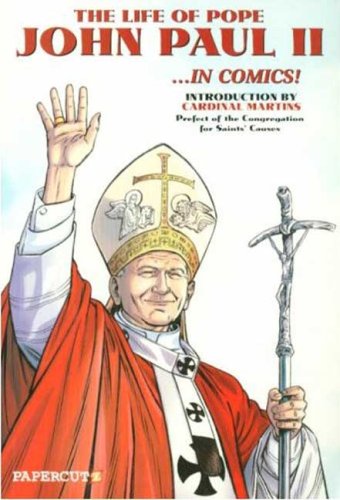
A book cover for The Life of Pope John Paul II in Comics; Alessandro Mainardi; Children's Books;